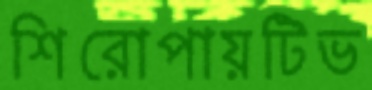
শিরোপায়টিভ